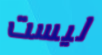
ليست